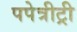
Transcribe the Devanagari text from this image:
पपेत्रीट्री